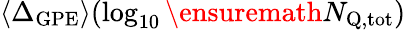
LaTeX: \langle\Delta_{\mathrm{GPE}}\rangle(\log_{10}\ensuremath{N_{\mathrm{Q,tot}}})